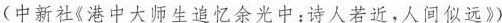
(中新社《港中大师生追忆余光中：诗人若近，人间似远》)